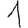
Digit: 1